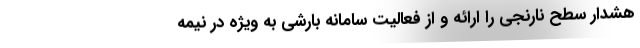
هشدار سطح نارنجی را ارائه و از فعالیت سامانه بارشی به ویژه در نیمه